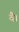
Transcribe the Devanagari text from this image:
वै।